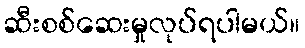
ဆီးစစ်ဆေးမှုလုပ်ရပါမယ်။